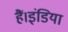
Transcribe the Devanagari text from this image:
हैं।इंडिया